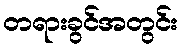
တရားခွင်အတွင်း